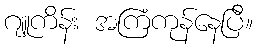
ဂျူကိန်း အကြံကုန်နေပြီ။